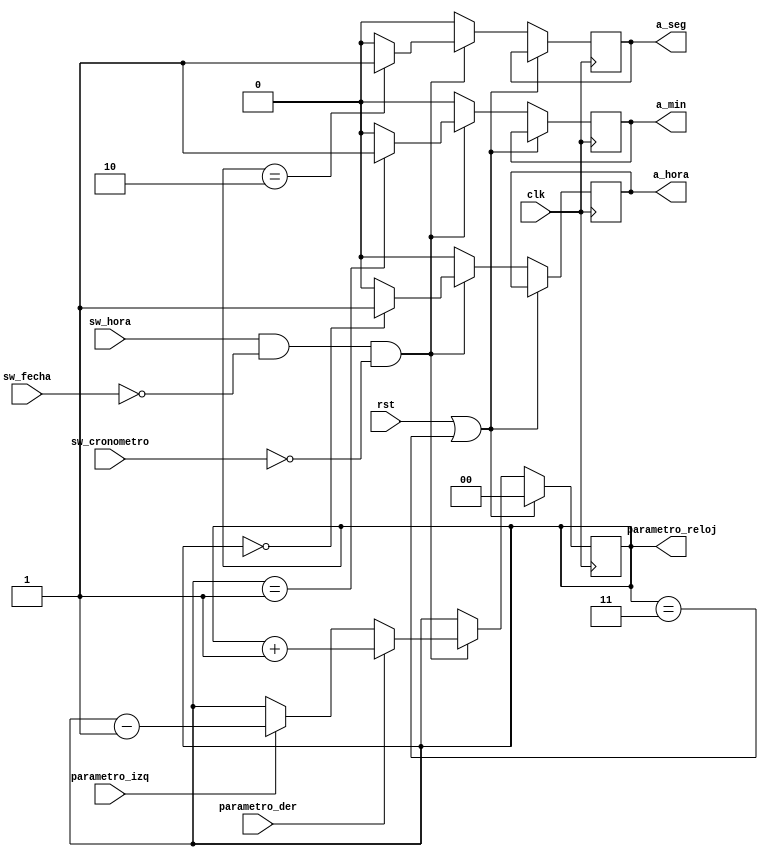
`timescale 1ns / 1ps

module Cont_ajuste_hora( 
    input clk, //Seal de reloj de la nexys 100MHz
    input rst,//Reset despues del bloque metastailiad para resetear todos los contadores
	 input sw_hora, input sw_fecha, input sw_cronometro, //Interruptores externos de la nexys.  
    input parametro_der, input parametro_izq, //Seales despues del bloque de metastabilidad para seleccionar entre horas, min o seg
	 output reg a_hora, a_min, a_seg,//Seales de salida utilizadas para determinar la direccin a escribir.
    output reg [1:0] parametro_reloj// 2 bits para elegir entre hora, minutos y segundos
	 );
initial begin  a_hora=1'b0; a_min=1'b0; a_seg=1'b0; end

 always @(posedge clk)  				 //se cummple cuando hay un flanco positivo en el clk 
 begin
	if (rst || parametro_reloj==2'd3 )
		 parametro_reloj <= 2'b0;   						 // si reset esta activo pone la salida en 1  
	else if(sw_hora==1'b1 && sw_fecha==1'b0 && sw_cronometro==1'b0)begin
		if (parametro_der)  begin 			//condicion que se cumple si se presiona el boton derecha, cambia de posicion de parmetro
			 parametro_reloj <= parametro_reloj + 2'b1; //aumenta cuenta
			   end 								 
		else if (parametro_izq ) begin     //condicion que se cumple si se presiona el boton izquierda, cambia de posicion de parmetro 
			 parametro_reloj <= parametro_reloj - 2'b1;      //se disminuye cuenta
			   end      						
		else begin
			 parametro_reloj <= parametro_reloj; end
	
if (parametro_reloj==2'd0) a_hora <=1'b1; else a_hora <=1'b0; //Dependiendo del valor que se este cambiando, este bloque va a generar una seal
if (parametro_reloj==2'd1) a_min <=1'b1; else a_min <=1'b0; //de activacin para ser usada en el bloque de direcciones
if (parametro_reloj==2'd2) a_seg <=1'b1; else a_seg <=1'b0;  end
else begin a_hora <=1'b0; a_min <=1'b0; a_seg <=1'b0; parametro_reloj <= parametro_reloj; end
end
endmodule